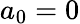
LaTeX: a_{0}=0